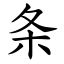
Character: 条